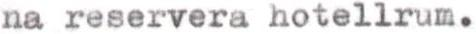
na reservera hotellrum.